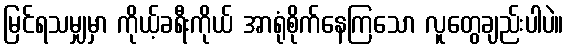
မြင်ရသမျှမှာ ကိုယ့်ခရီးကိုယ် အာရုံစိုက်နေကြသော လူတွေချည်းပါပဲ။